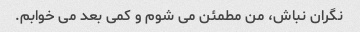
نگران نباش، من مطمئن می شوم و کمی بعد می خوابم.